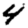
Digit: 4